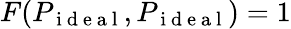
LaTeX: F(P_{\mathrm{~i~d~e~a~l~}},P_{\mathrm{~i~d~e~a~l~}})=1